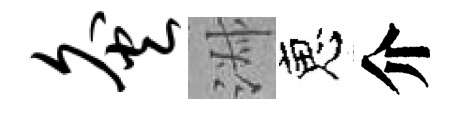
灸淑恵介